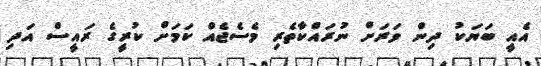
އެއީ ބަޔަކު ދިން ވަރަށް ނުރައްކާތެރި މެސެޖެއް ކަމަށް ކުރީގެ ރައީސް އަދި